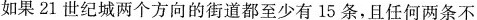
如果21世纪城两个方向的街道都至少有15条，且任何两条不